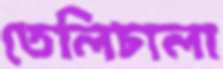
তেলিচালা